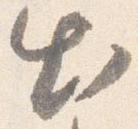
出